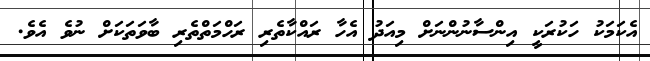
އެކަމަކު ހަކުރަކީ އިންސާނުންނަށް މިއަދު އެހާ ރައްކާތެރި ރަހްމަތްތެރި ބާވަތަކަށް ނުވެ އެވެ.